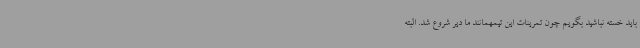
باید خسته نباشید بگویم چون تمرینات این تیمهمانند ما دیر شروع شد. البته